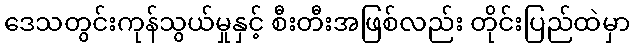
ဒေသတွင်းကုန်သွယ်မှုနှင့် စီးတီးအဖြစ်လည်း တိုင်းပြည်ထဲမှာ